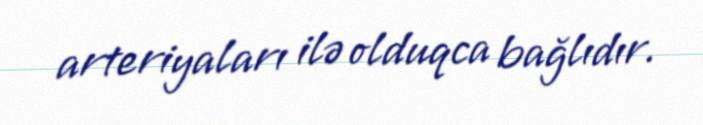
arteriyaları ilə olduqca bağlıdır.